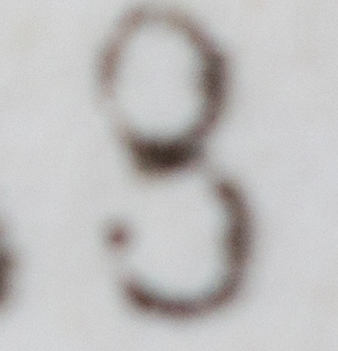
8